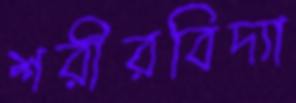
শরীরবিদ্যা